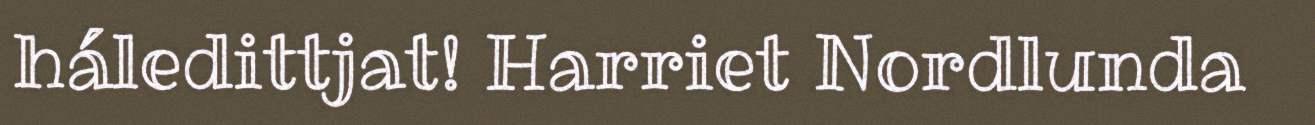
háledittjat! Harriet Nordlunda